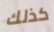
كذلك